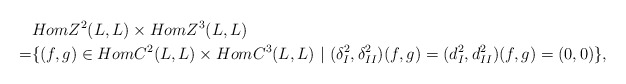
\begin{align*}&HomZ^2(L,L)\times HomZ^3(L,L)\\=&\{(f,g)\in HomC^2(L,L)\times HomC^3(L,L)~|~ (\delta_I^2, \delta_{II}^2)(f,g)=(d_I^2, d_{II}^2)(f,g)=(0,0)\},\end{align*}